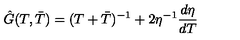
\hat { G } ( T , \bar { T } ) = ( T + \bar { T } ) ^ { - 1 } + 2 \eta ^ { - 1 } \frac { d \eta } { d T }